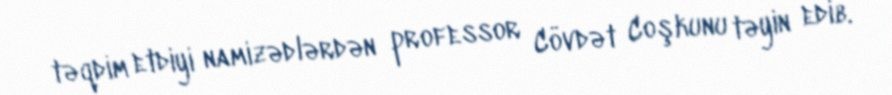
təqdim etdiyi namizədlərdən professor Cövdət Coşkunu təyin edib.